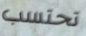
تحتسب